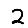
Digit: 2